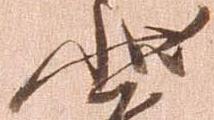
状